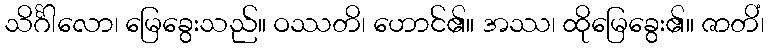
သိင်္ဂါလော၊ မြေခွေးသည်။ ဝဿတိ၊ ဟောင်၏။ အဿ၊ ထိုမြေခွေး၏။ ဇာတိံ၊